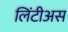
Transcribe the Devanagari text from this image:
लिंटीअस